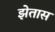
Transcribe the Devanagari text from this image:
झेतास